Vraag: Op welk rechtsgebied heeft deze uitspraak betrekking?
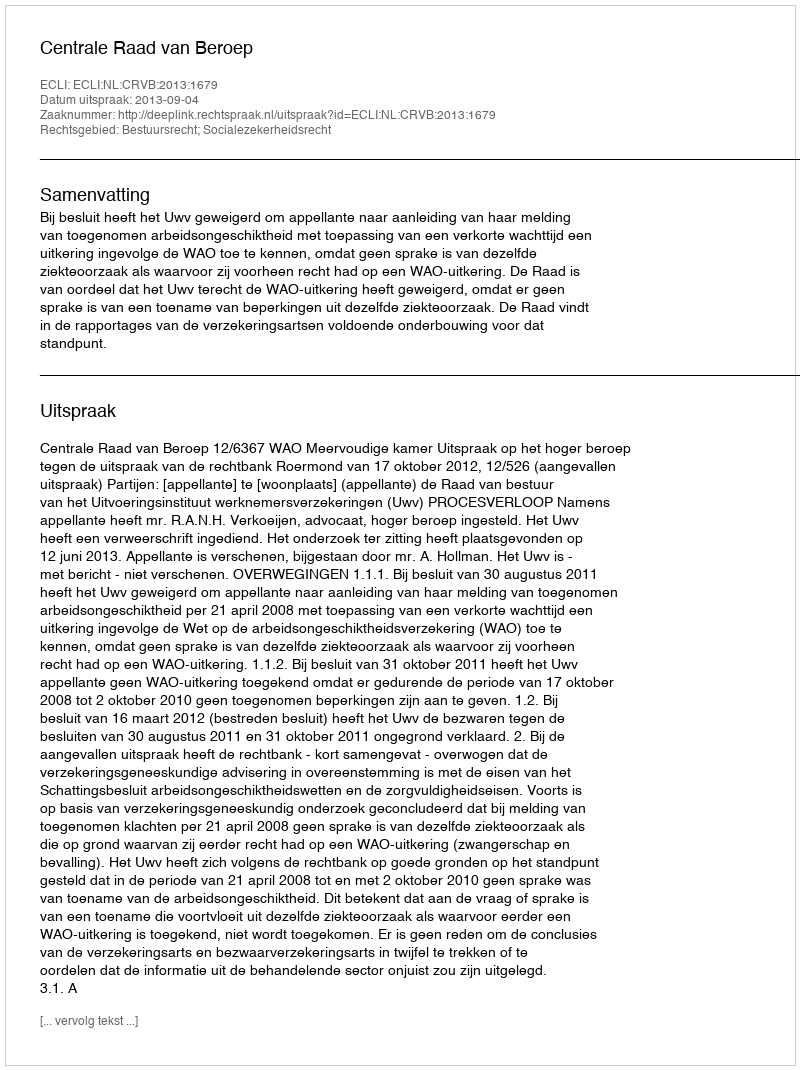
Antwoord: Bestuursrecht; Socialezekerheidsrecht